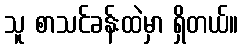
သူ စာသင်ခန်းထဲမှာ ရှိတယ်။